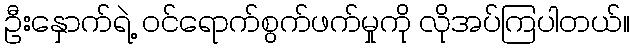
ဦးနှောက်ရဲ့ ဝင်ရောက်စွက်ဖက်မှုကို လိုအပ်ကြပါတယ်။